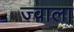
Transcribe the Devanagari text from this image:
ज्‍वाला